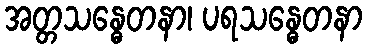
အတ္တသန္ဓေတနာ၊ ပရသန္ဓေတနာ